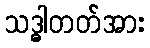
သဒ္ဓါတတ်အား